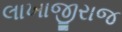
લાખાજીરાજ